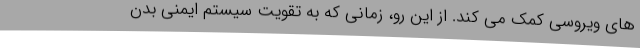
های ویروسی کمک می کند. از این رو، زمانی که به تقویت سیستم ایمنی بدن